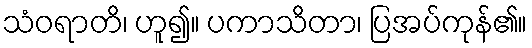
သံဝရာတိ၊ ဟူ၍။ ပကာသိတာ၊ ပြအပ်ကုန်၏။